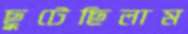
ছুটেছিলাম